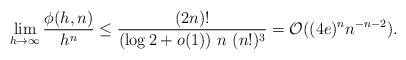
LaTeX: \begin{align*} \lim_{h\to\infty} \frac{ \phi(h,n) }{h^n} \leq \frac{ (2n)! }{ (\log 2 + o(1))\ n\ (n!)^3 } = {\mathcal O}((4 e)^n n^{-n-2}) .\end{align*}